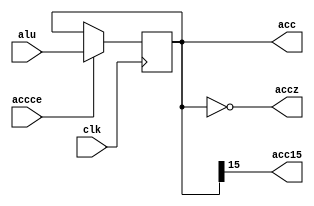
// Accumulator (ACC)
module acc_reg (clk, accce, alu, acc, acc15, accz); //   
input clk, accce;
input [15:0] alu;
output acc15, accz;
output [15:0] acc;
reg [15:0] acc;

assign acc15 = acc[15]; // control logic  
assign accz = acc == 16'h0; // acc  0 

always @(negedge clk)
if (accce)
acc <= alu[15:0];
endmodule